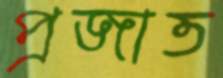
প্রজাত